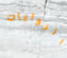
الروايات